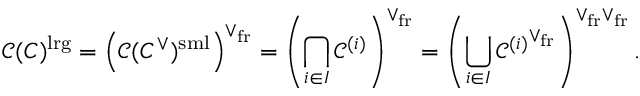
\mathcal C ( C ) ^ { \mathrm { l r g } } = \left( \mathcal C ( C ^ { \vee } ) ^ { \mathrm { s m l } } \right) ^ { \vee _ { \mathrm { f r } } } = \left( \bigcap _ { i \in I } \mathcal C ^ { ( i ) } \right) ^ { \vee _ { \mathrm { f r } } } = \left( \bigcup _ { i \in I } { \mathcal C ^ { ( i ) } } ^ { \vee _ { \mathrm { f r } } } \right) ^ { \vee _ { \mathrm { f r } } \vee _ { \mathrm { f r } } } .